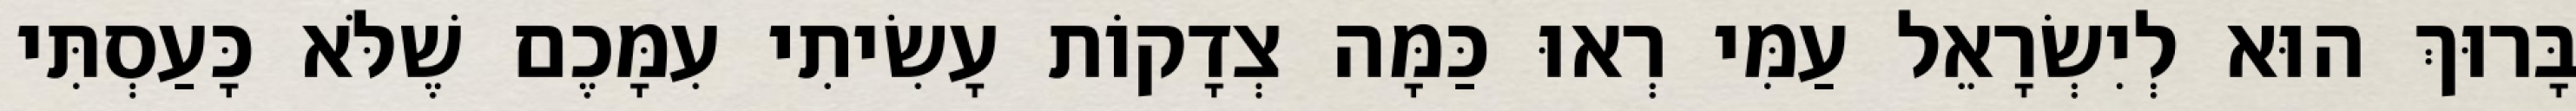
בָּרוּךְ הוּא לְיִשְׂרָאֵל עַמִּי רְאוּ כַּמָּה צְדָקוֹת עָשִׂיתִי עִמָּכֶם שֶׁלֹּא כָּעַסְתִּי